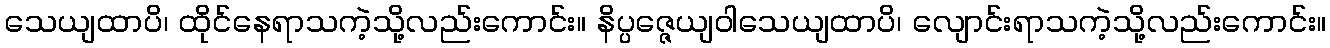
သေယျထာပိ၊ ထိုင်နေရာသကဲ့သို့လည်းကောင်း။ နိပ္ပဇ္ဇေယျဝါသေယျထာပိ၊ လျောင်းရာသကဲ့သို့လည်းကောင်း။